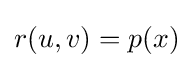
r(u,v)=p(x)